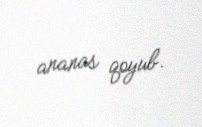
ananas qoyub.